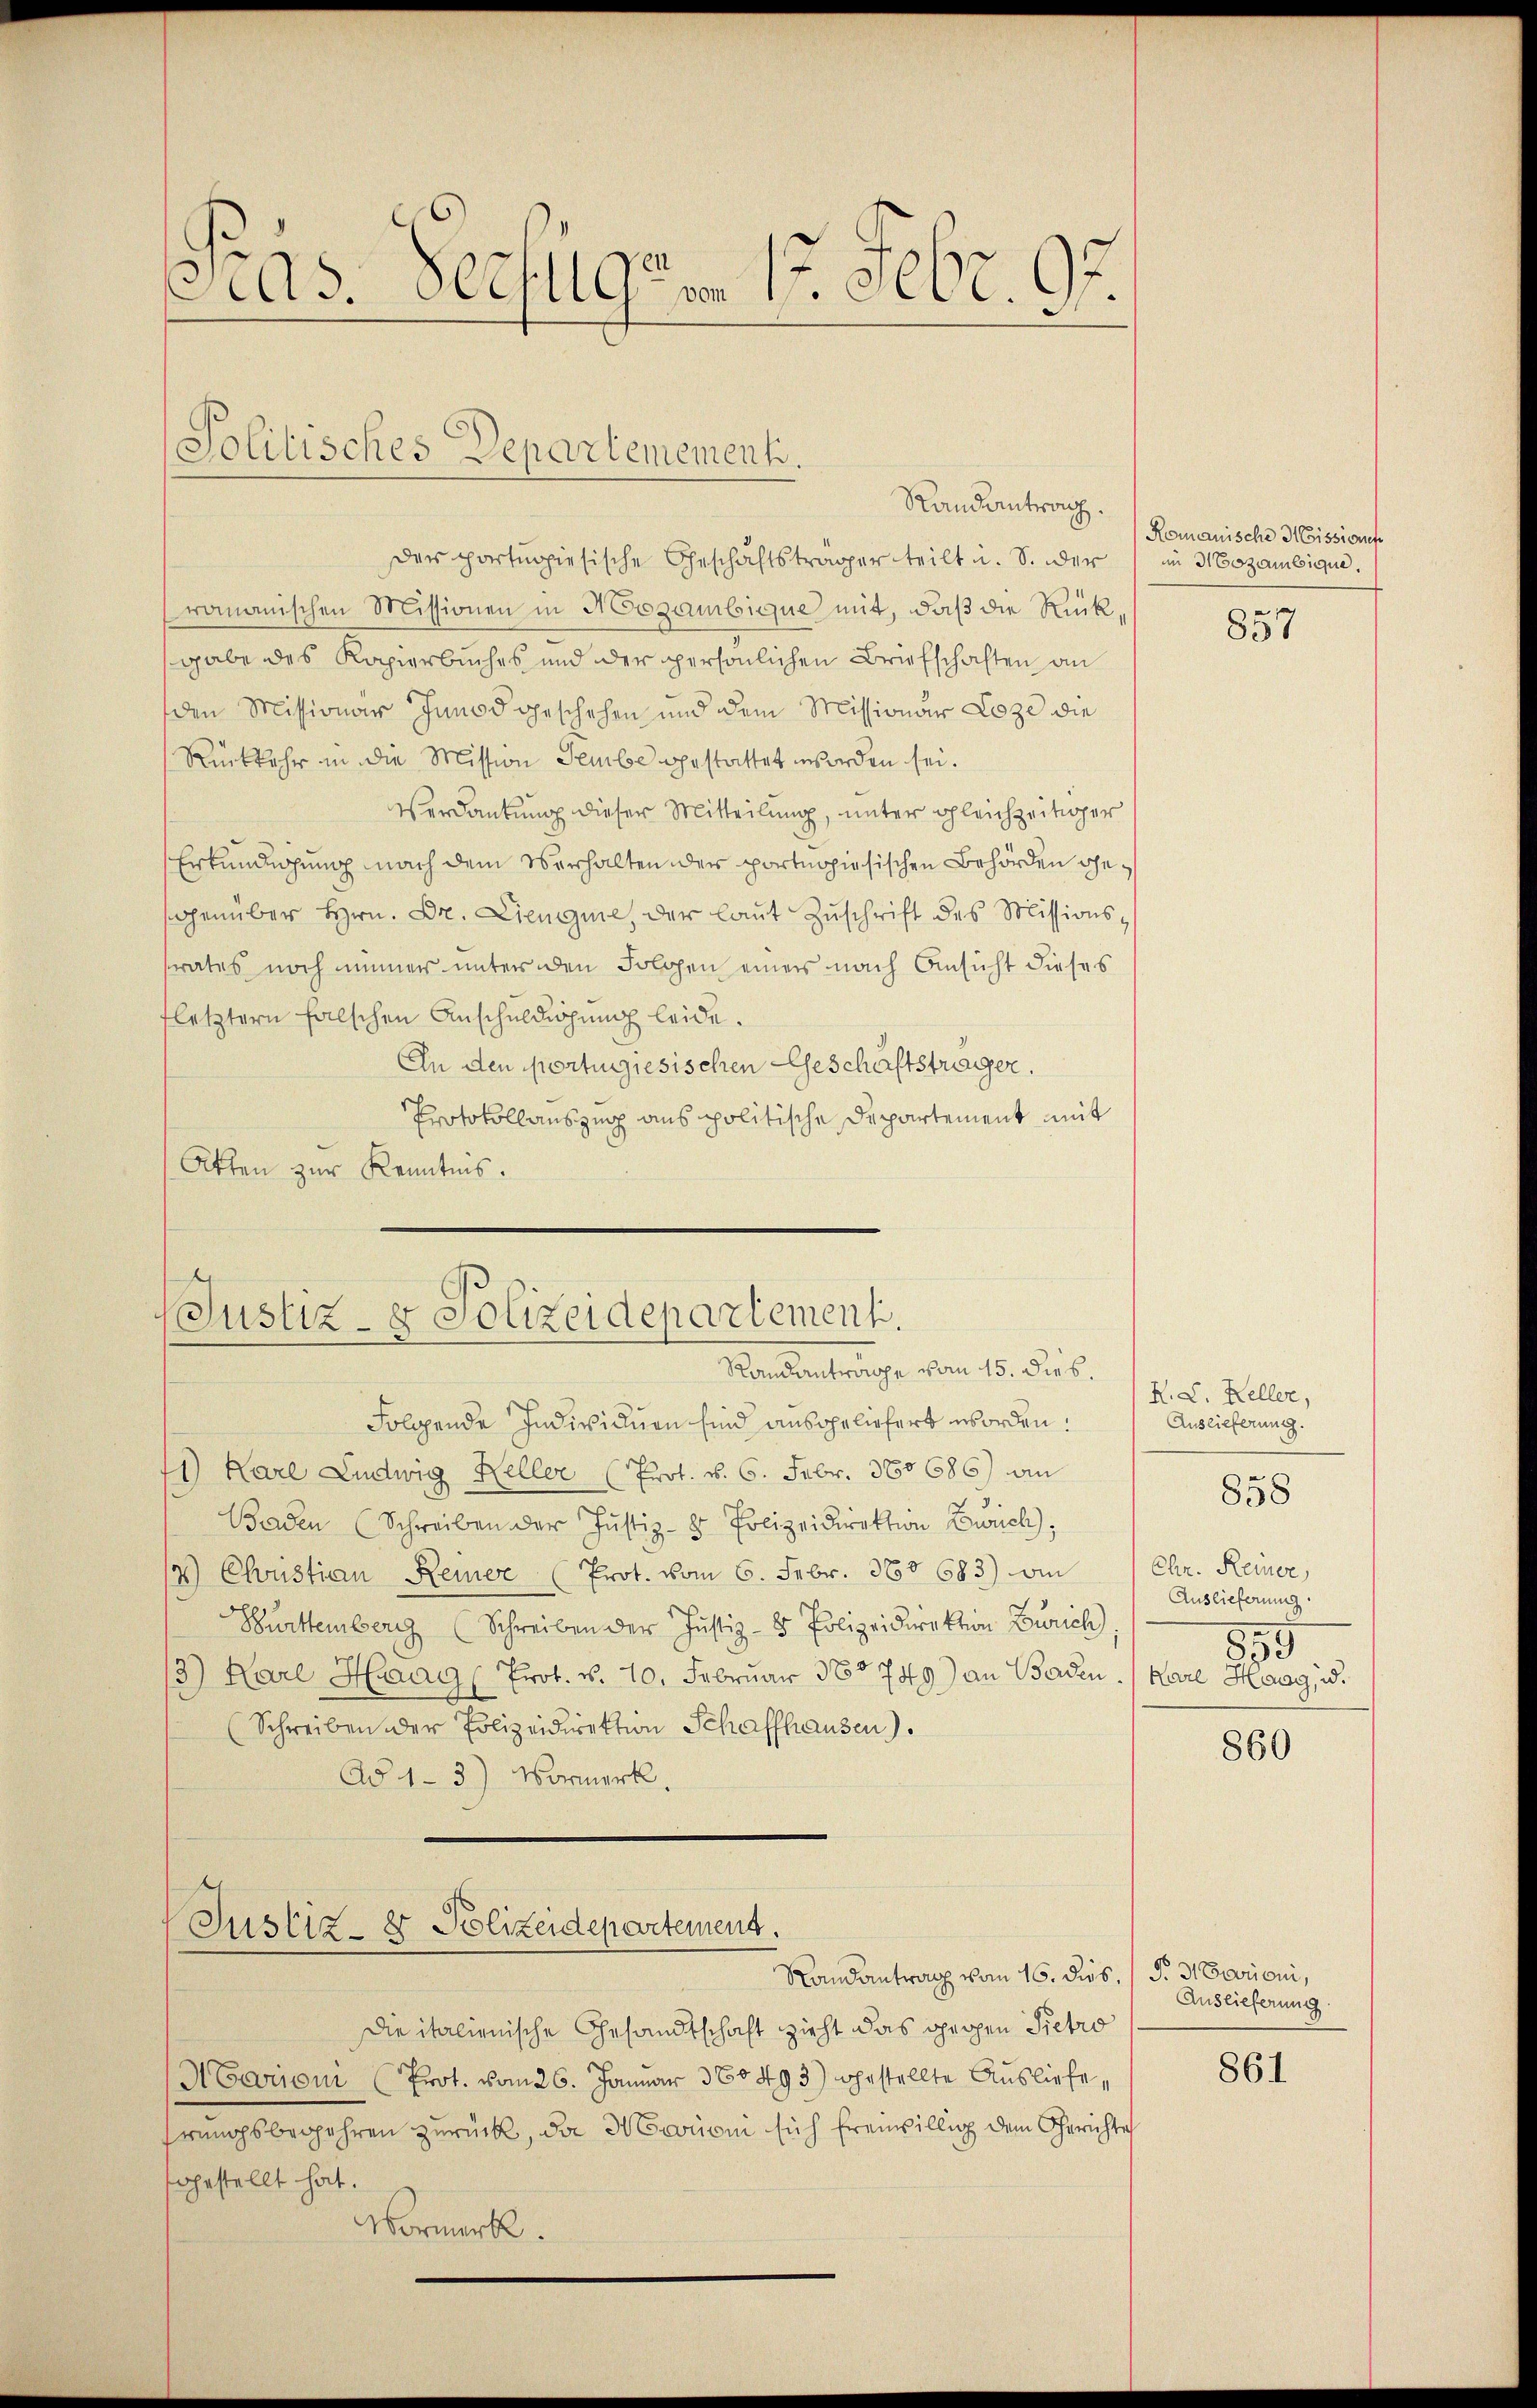
Pigs. Verfügen 1. Febr. 95

Politisches Departemement.
Randantrag.

der portugisische Geschäftsträger teilt u. S. oder
romanischen Missionen in Mezambique mit, daß die Rück
gabe des Kapierbuches und der spersönlichen Briefschaften an
den Missionar Janod geschehen und dem Missionar Loze die
Rückkehr in die Mission Sembe gestattet worden sei.
Verdankung dieser Mitteilung, unter gleichzeitiger
Erkundigung nach dem Verhalten der portnghiesischen Behörden gegenüber Hrn. Dr. Lienigine, der laut Zuschrift des Missionsrates noch immer unter den Folgen einer nach Ansicht dieses
fletztern falschen Anschuldigung leide.
An den portungiesischen Geschäftsträger.
Protokollauszug aus politische Departement mit
Akten zur Kenntnis.

Justiz- & Polizeidepartement.
Randanträge vom 15. dies.

Folgende Individuen sind ausgeliefert worden:
41) Karl Ludwig Heller (Prot. v. 6. Febr. 380686) an
Baden (Schreiben der Justiz- & Polizeidirektion Zürich),
17.) Christian Reiner (Prot. vom 6. Febr. 360. 683) an
Burttemberg (Schreiben der Justiz- & Polizeidirektion Zürich)
3) Karl Haag (Prot. v. 10. Februar 180749) an Baden. Karl Haag, u.
(Schreiben der Polizeidirektion Schaffhausen)
Ad 1-3) Vormerk.

Justiz- & Polizeidepartement.

Randantrag vom 16. dies, (§. 3. Carrioni,
die italienische Gesandtschaft zieht das gegen Petro
Aarioni (Prot. vom 26. Januar 360493) gestellte Ausliefe,
rungsbegehren zurück, da Mariani sich freiwillig dem Gerichte
sgestellt hat.
Vormerk

Romanische Missiones
im Mozambique.
e

837

K. L. Keller,
Auslieferung.
Chr. Reiner,
Auslieferung
855

858

860

Auslieferung.

861